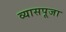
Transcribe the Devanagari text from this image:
व्यासपूजा